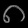
Digit: ၈